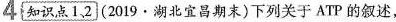
4\boxed{知识点1、2}(2019·湖北宜昌期末)下列关于ATP的叙述，